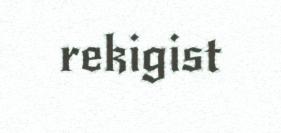
rekigist